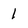
Character: 1